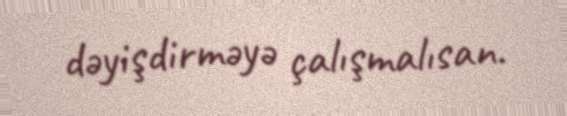
dəyişdirməyə çalışmalısan.